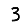
Digit: 3